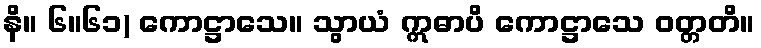
နိ။ ၆။၆၁) ကောဋ္ဌာသေ။ သွာယံ ဣဓာပိ ကောဋ္ဌာသေ ဝတ္တတိ။